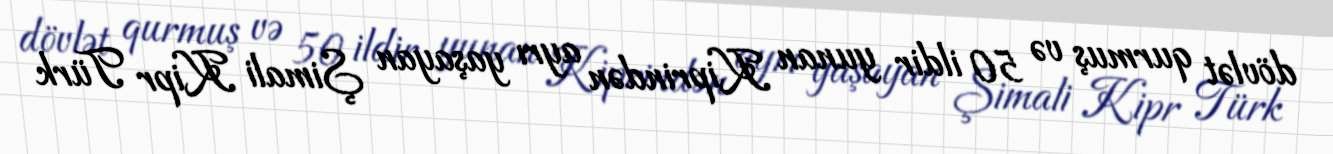
dövlət qurmuş və 50 ildir yunan Kiprindən ayrı yaşayan Şimali Kipr Türk